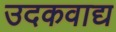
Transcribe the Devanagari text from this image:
उदकवाद्य